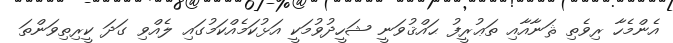
އެންމެހާ ރިވެތި ޘަނާއާއި ތަޢުރީފު ޙައްޤުވަނީ ޝަހީދުވުމަކީ އަޅުކަމެއްކަމުގައި ލެއްވި ގަދަ ކީރިތިވަންތަ